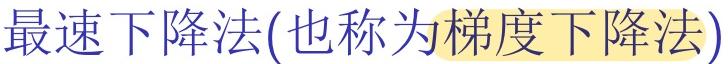
最速下降法(也称为梯度下降法)